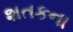
શતકના